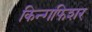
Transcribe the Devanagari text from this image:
किन्गफिशर